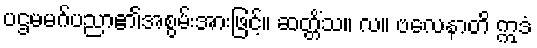
ပဌမမဂ်ပညာ၏အစွမ်းအားဖြင့်။ ဆတ္တိံသ။ လ။ ဗလေနာတိ ဣဒံ